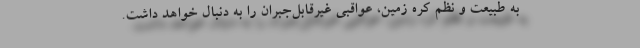
به طبیعت و نظم کره زمین، عواقبی غیرقابل‌جبران را به دنبال خواهد داشت.